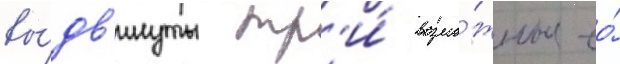
вы́дв'инуты тр'и́ возмо́жные ео́